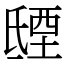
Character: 𣱐